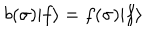
LaTeX: b ( \sigma ) | f \rangle = f ( \sigma ) | f \rangle